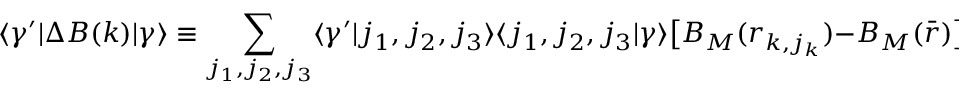
\langle \gamma ^ { \prime } | \Delta B ( k ) | \gamma \rangle \equiv \sum _ { j _ { 1 } , j _ { 2 } , j _ { 3 } } \langle \gamma ^ { \prime } | j _ { 1 } , j _ { 2 } , j _ { 3 } \rangle \langle j _ { 1 } , j _ { 2 } , j _ { 3 } | \gamma \rangle \big [ B _ { M } ( r _ { k , j _ { k } } ) - B _ { M } ( \bar { r } ) \big ]